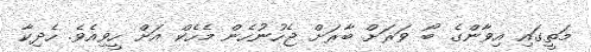
މަތީގައި އިވާންގެ ބޯ ވަރަށް ބާރަށް ޖެހުނުހެން މެހެކް އަށް ހީވިއެވެ. ހެދިކާ